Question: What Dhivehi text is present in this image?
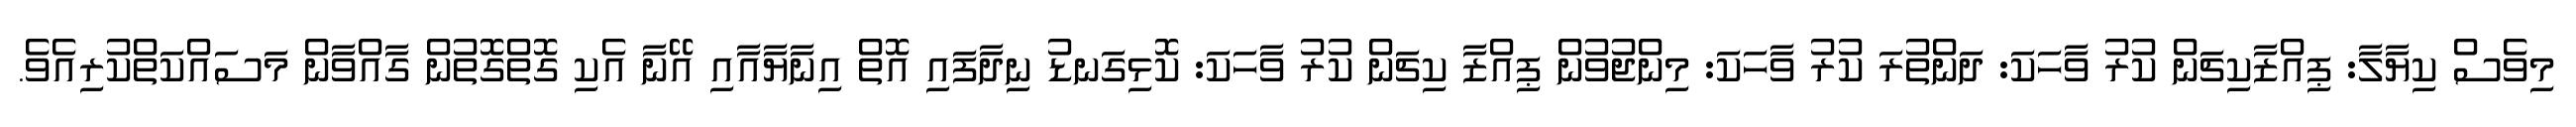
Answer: މިވެސް ކިޔާލާ: ޕިއްޒާކިޗަން ކުރު ވާހަކަ: ދަންތުރަ ކުރު ވާހަކަ: މިންޖުވުން ޕިއްޒާ ކިޗަން ކުރު ވާހަކަ: ކޮޅިގަނޑު ނިދާފައި އޮތް އިނާޔާއާއި އޭނާ އެކި ގޮތްގޮތުން ގާއްވާން މަސައްކަތްކުރިއެވެ.